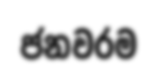
ජනවරම